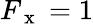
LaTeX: F_{\mathrm{~x~}}=1